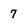
Character: 7